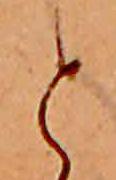
と